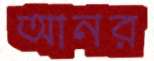
আনর